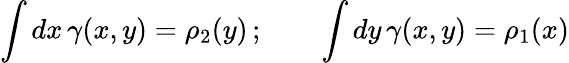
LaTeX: \int dx\, \gamma(x,y)=\rho_{2}(y)\, ;\qquad\int dy\, \gamma(x,y)=\rho_{1}(x)